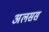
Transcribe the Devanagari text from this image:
अलसस